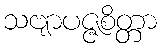
သဗျာပဇ္ဇစိတ္တာ